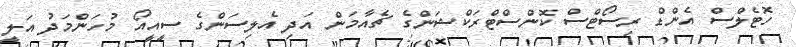
ހޮޓެލްސް އެންޑް ރިސޯޓްސް ކޮންސްޓްރަކްޝަންގެ ޗެއާމަން އަދި އެލިސަންގެ ސީއީއޯ މުހަންމަދު އަލީ